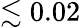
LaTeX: \lesssim 0.02